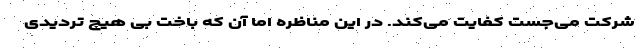
شرکت می‌جُست کفایت می‌کند. در این مناظره اما آن که باخت بی هیچ تردیدی